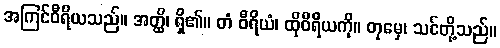
အကြင်ဝီရိယသည်။ အတ္ထိ၊ ရှိ၏။ တံ ဝီရိယံ၊ ထိုဝီရိယကို။ တုမှေ၊ သင်တို့သည်။